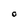
Character: O